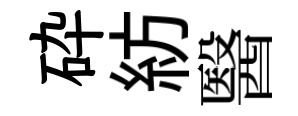
砕紡醫